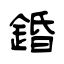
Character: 錉